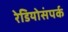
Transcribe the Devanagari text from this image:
रेडियोसंपर्क